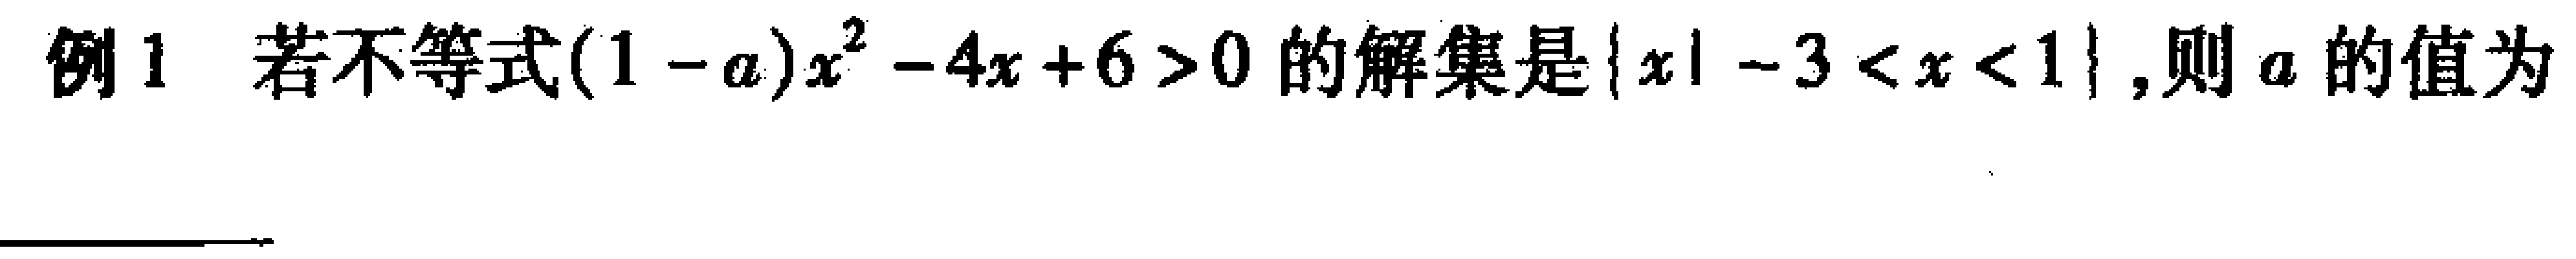
例1 若不等式\((1 - a)x^{2}-4x + 6>0\)的解集是\(\{x\mid - 3 < x < 1\}\),则\(a\)的值为